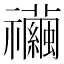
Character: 𥜲